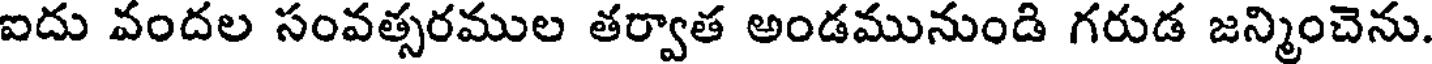
ఐదు వందల సంవత్సరముల తర్వాత అండమునుండి గరుడ జన్మించెను.